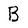
Character: B